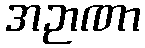
အဉာဏာ